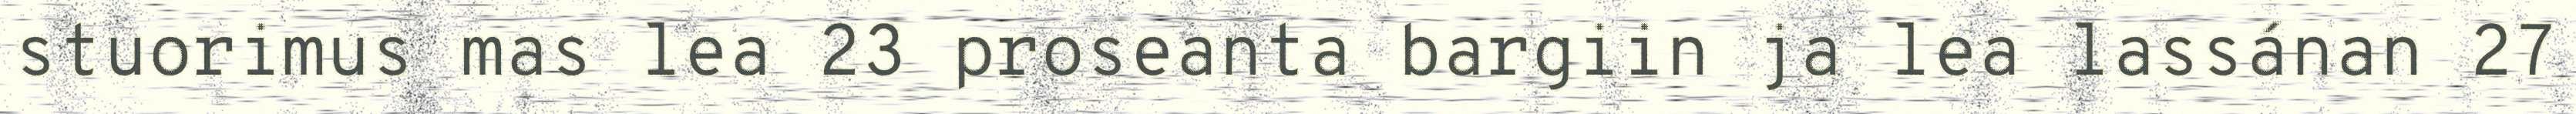
stuorimus mas lea 23 proseanta bargiin ja lea lassánan 27